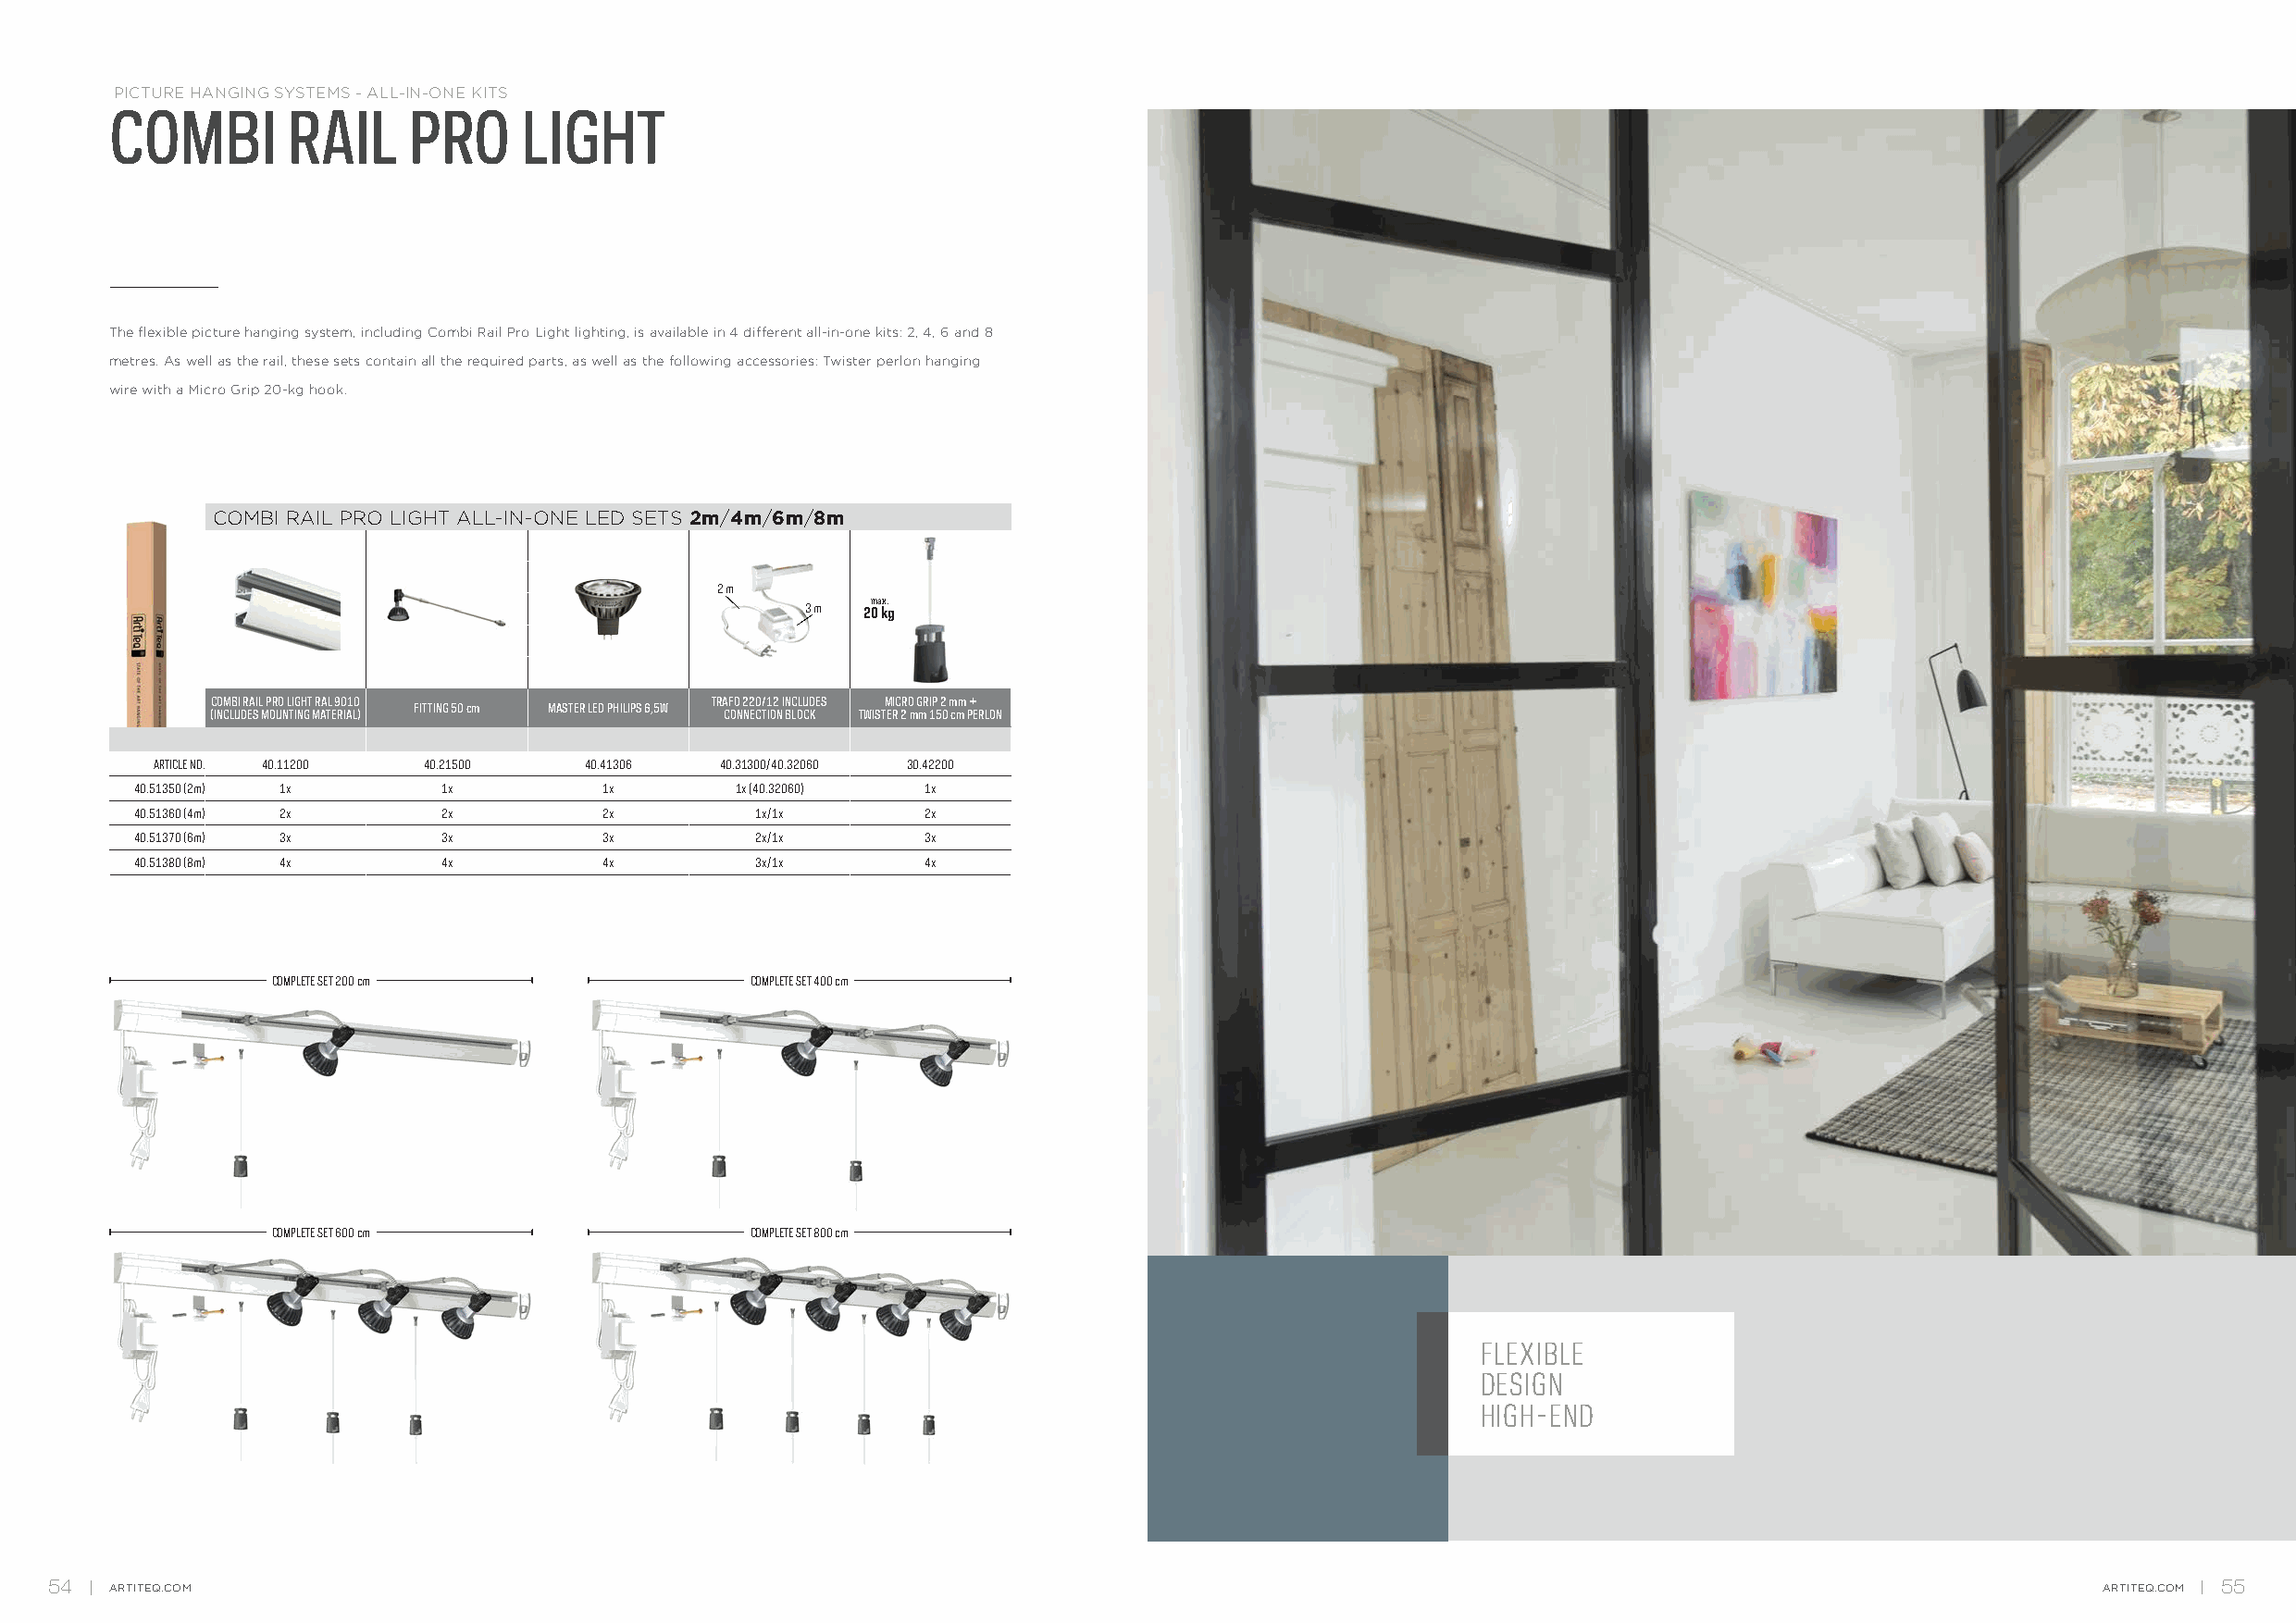
PICTURE HANGING SYSTEMS - ALL-IN-ONE KITS
 COMBI        RAIL    PRO     LIGHT
 The flexible picture hanging system, including Combi Rail Pro Light lighting, is available in 4 different all-in-one kits: 2, 4, 6 and 8
 metres. As well as the rail, these sets contain all the required parts, as well as the following accessories: Twister perlon hanging
 wire with a Micro Grip 20-kg hook.
 COMBI RAIL PRO LIGHT ALL-IN-ONE LED SETS 2m/4m/6m/8m
 2 m
 max.
 3 m 20 kg
 COMBI RAIL PRO LIGHT RAL 9010       TRAFO 220/12 INCLUDES MICRO GRIP 2 mm +
 FITTING 50 cm MASTER LED PHILIPS 6,5W
 (INCLUDES MOUNTING MATERIAL)         CONNECTION BLOCK TWISTER 2 mm 150 cm PERLON
 ARTICLE NO. 40.11200 40.21500  40.41306  40.31300/40.32060 30.42200
 40.51350 (2m) 1x      1x         1x        1x (40.32060) 1x
 40.51360 (4m) 2x      2x         2x         1x/1x       2x
 40.51370 (6m) 3x      3x         3x         2x/1x       3x
 40.51380 (8m) 4x      4x         4x         3x/1x       4x
 COMPLETE SET 200 cm                COMPLETE SET 400 cm
 COMPLETE SET 600 cm                COMPLETE SET 800 cm
 FLEXIBLE
 DESIGN
 HIGH-END
 54   ARTITEQ.COM                                                                                                                                   ARTITEQ.COM 55